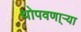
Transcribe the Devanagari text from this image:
थोपवणा्र्‍या